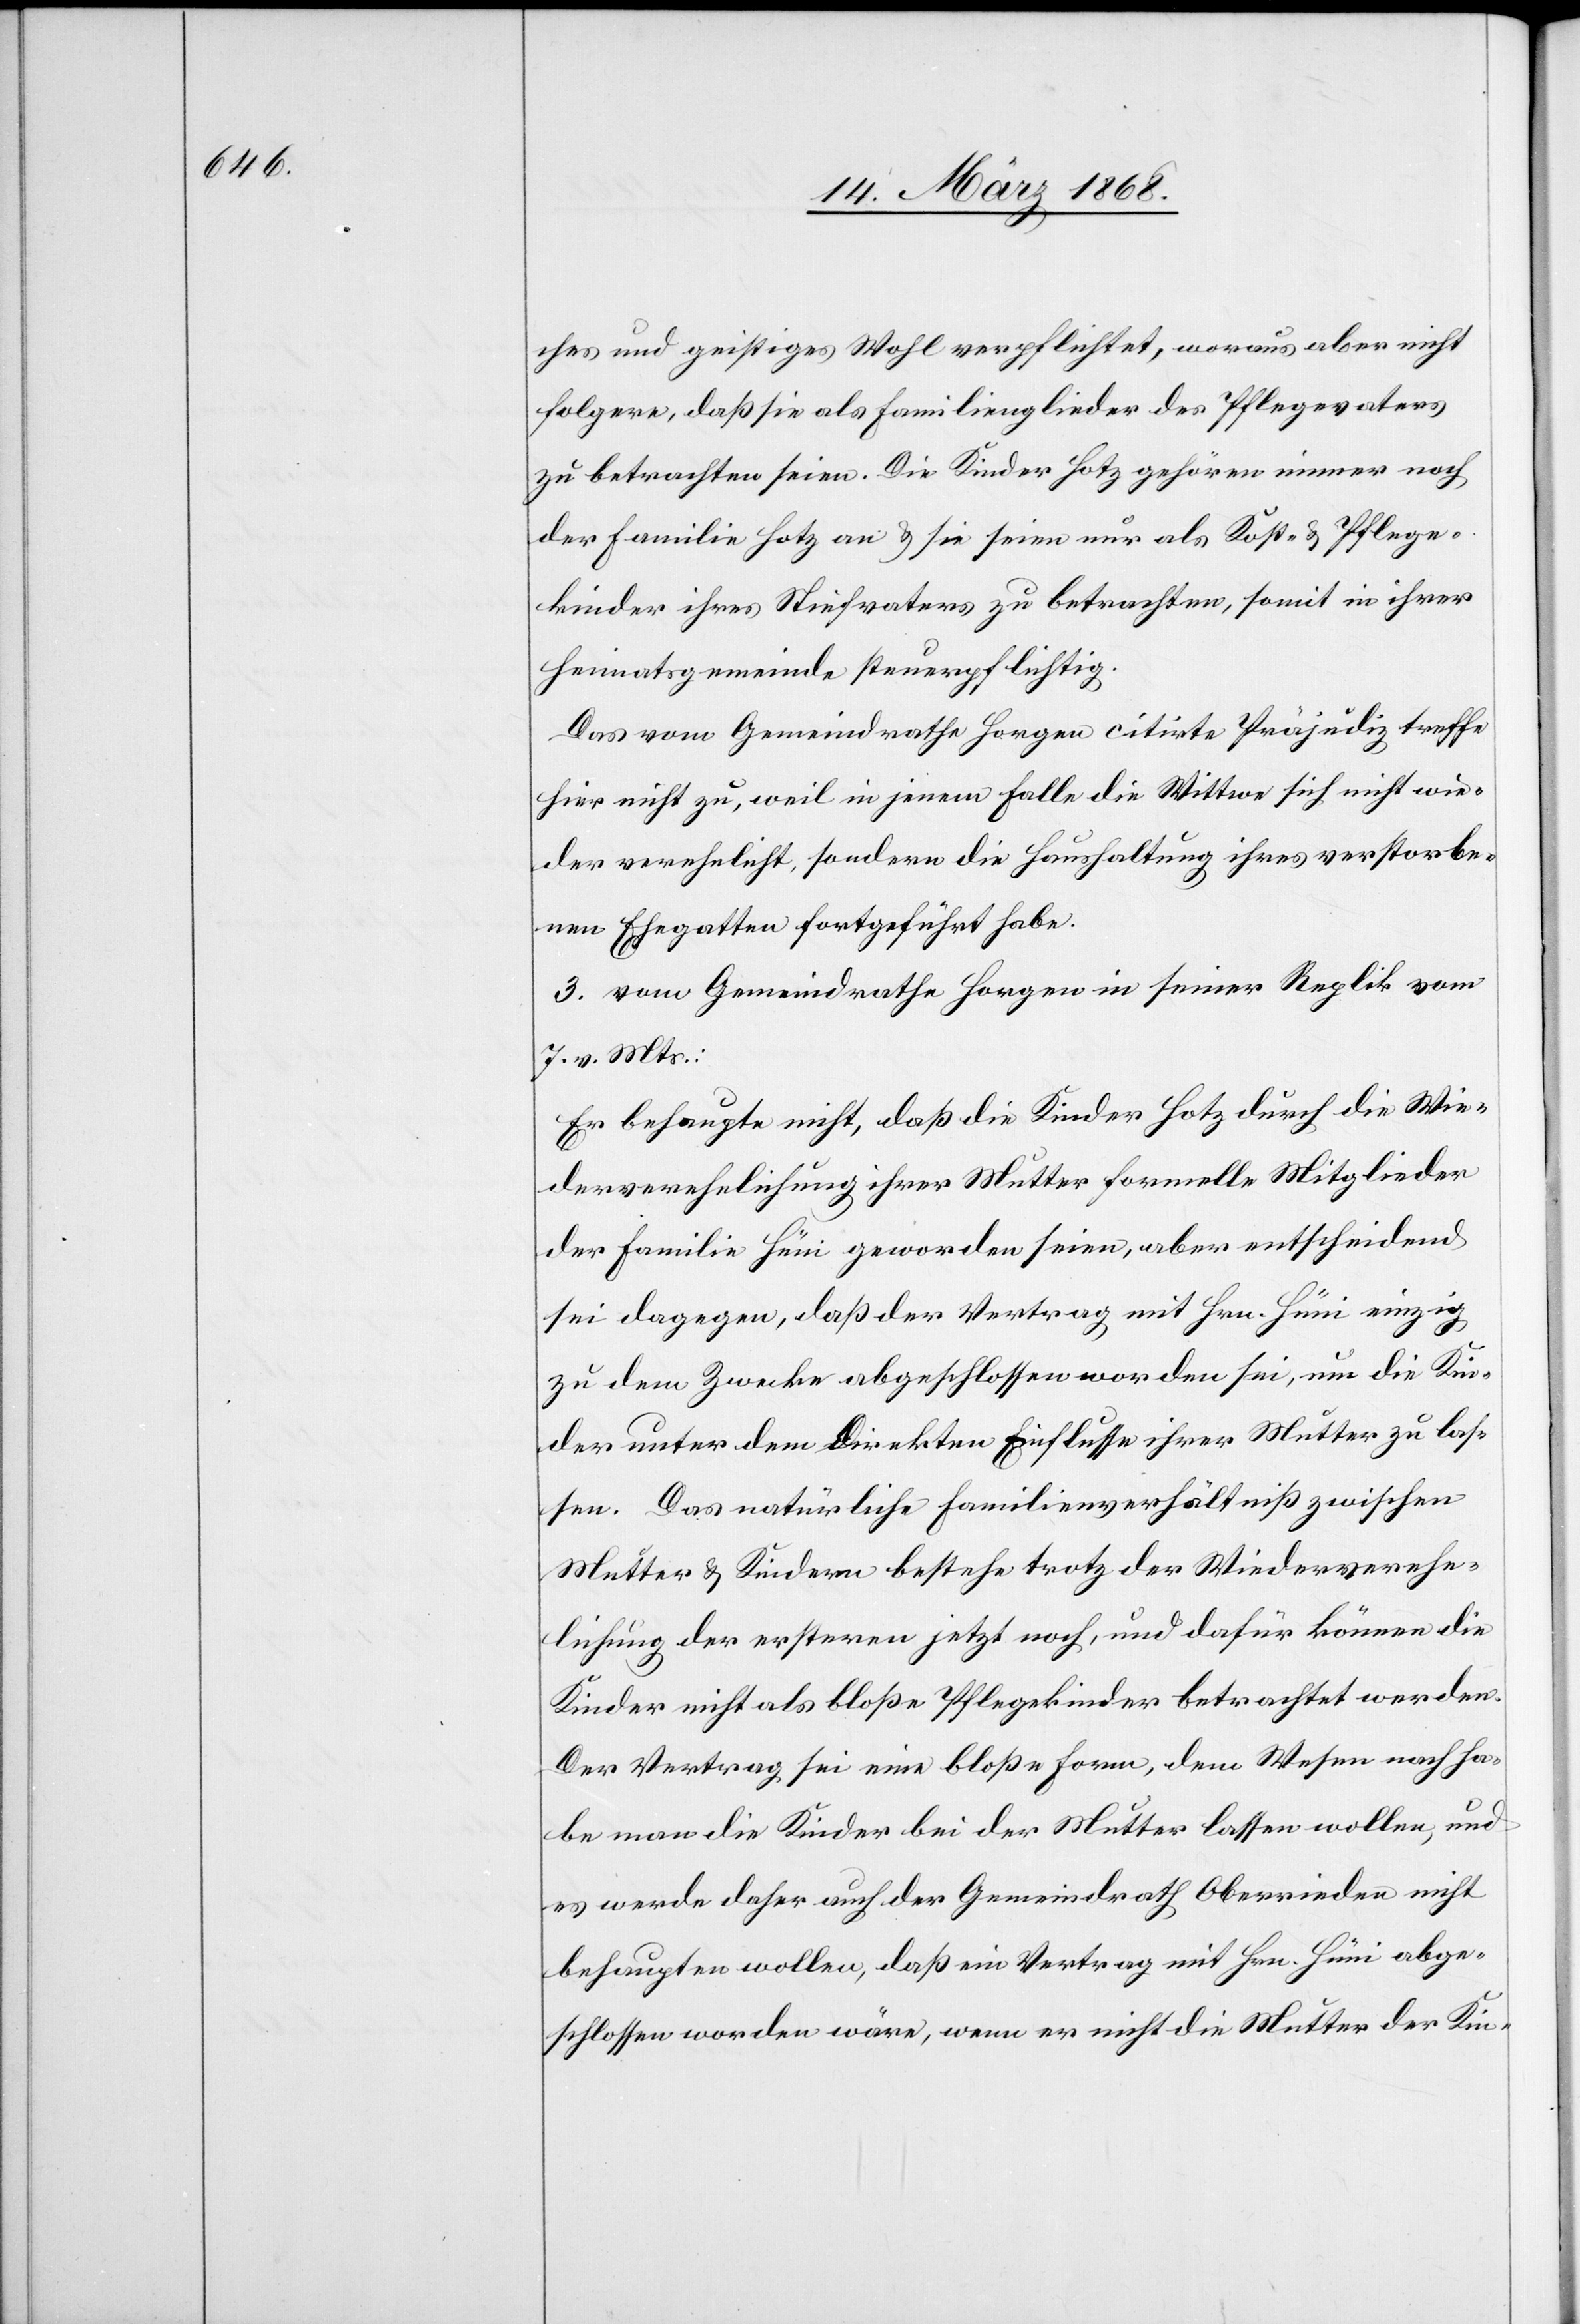
ches und geistiges Wohl verpflichtet, woraus aber nicht
folgere, daß sie als Familienglieder des Pflegevaters
zu betrachten seien. Die Kinder Hotz gehören immer noch
der Familie Hotz an & sie seien nur als Kost- & Pflege¬
kinder ihres Stiefvaters zu betrachten, somit in ihrer
Heimatsgemeinde steuerpflichtig.
Das vom Gemeindrathe Horgen citirte Präjudiz treffe
hier nicht zu, weil in jenem Falle die Wittwe sich nicht wie¬
der verehelicht, sondern die Haushaltung ihres verstorbe¬
nen Ehegatten fortgeführt habe.
3. vom Gemeindrathe Horgen in seiner Replik vom
7. v. Mts.:
Er behaupte nicht, daß die Kinder Hotz durch die Wie¬
derverehelichung ihrer Mutter formelle Mitglieder
der Familie Hüni geworden seien, aber entscheidend
sei dagegen, daß der Vertrag mit Hrn. Hüni einzig
zu dem Zwecke abgeschlossen worden sei, um die Kin¬
der unter dem direkten Einflusse ihrer Mutter zu las¬
sen. Das natürliche Familienverhältniß zwischen
Mutter & Kindern bestehe trotz der Wiederverehe¬
lichung der ersteren jetzt noch, und dafür können die
Kinder nicht als bloße Pflegekinder betrachtet werden.
Der Vertrag sei eine bloße Form, dem Wesen nach ha¬
be man die Kinder bei der Mutter lassen wollen, und
es werde daher auch der Gemeindrath Oberrieden nicht
behaupten wollen, daß ein Vertrag mit Hrn. Hüni abge¬
schlossen worden wäre, wenn er nicht die Mutter der Kin-